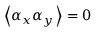
\left\langle \alpha _ { x } \alpha _ { y } \, \right\rangle = 0